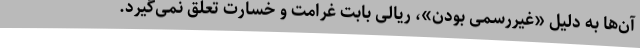
آن‌ها به دلیل «غیررسمی بودن»، ریالی بابت غرامت و خسارت تعلق نمی‌گیرد.